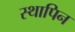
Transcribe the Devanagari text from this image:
स्थापिन